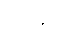
ဂန္ဓေဟိ